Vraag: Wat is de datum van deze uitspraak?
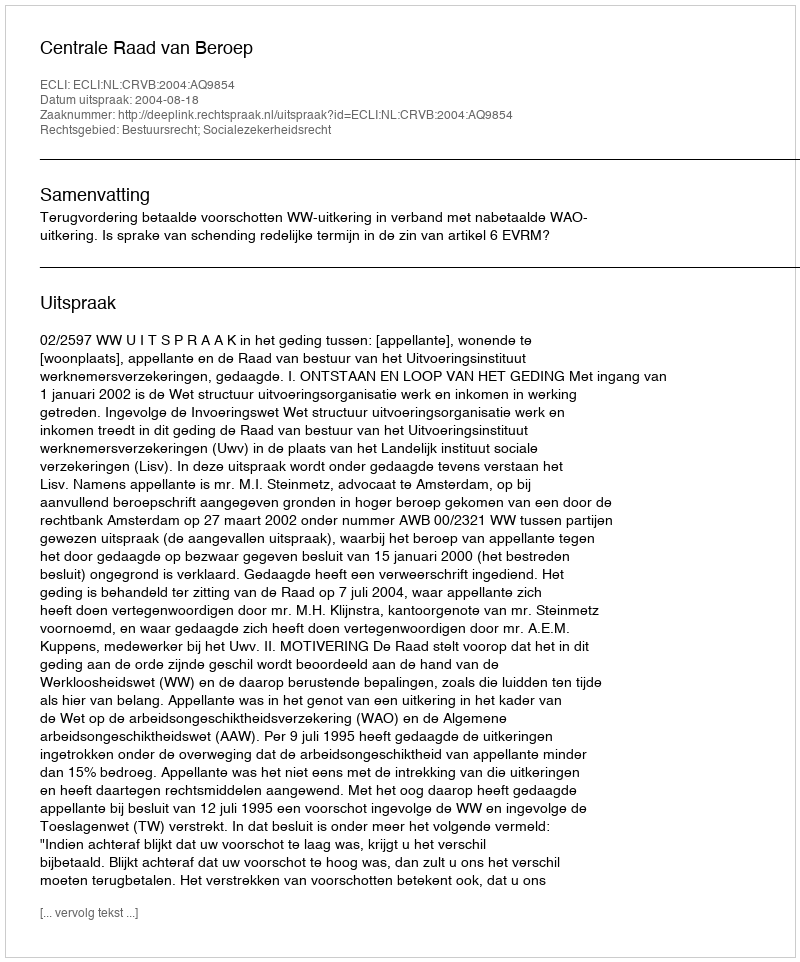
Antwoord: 2004-08-18